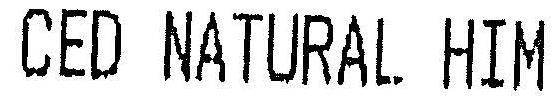
CED NATURAL HIM